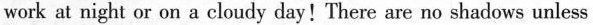
work at night or ona cloudy day!There are no shadows unless